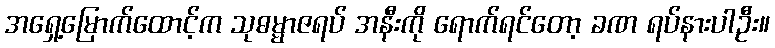
အရှေ့မြောက်ထောင့်က သုဓမ္မာဇရပ် အနီးကို ရောက်ရင်တော့ ခဏ ရပ်နားပါဦး။